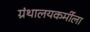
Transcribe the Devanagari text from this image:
ग्रंथालयकर्मीला